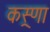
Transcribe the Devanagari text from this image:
कस्र्णा